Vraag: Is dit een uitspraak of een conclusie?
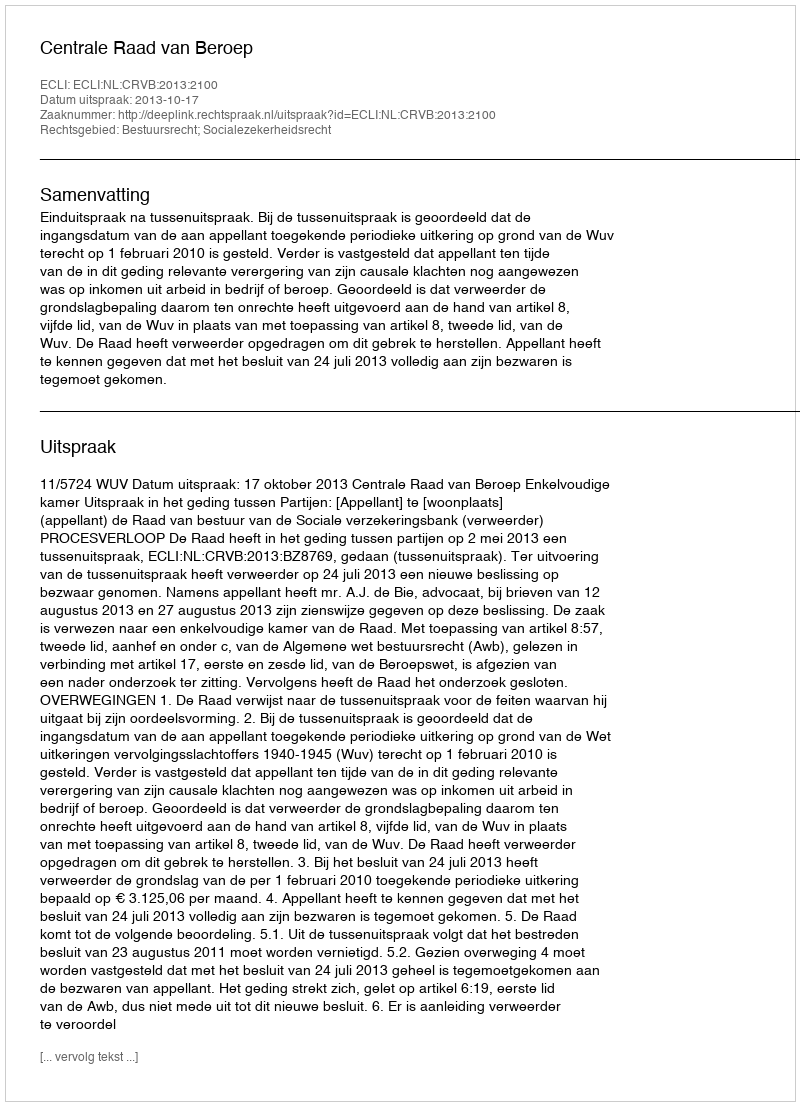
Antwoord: Uitspraak